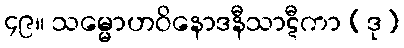
၄၉။ သမ္မောဟဝိနောဒနီသာဋီကာ (ဒု)